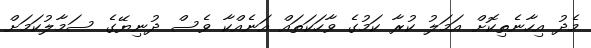
މެދު އިހާނެތިކޮށް އަމަލު ކުރާ ކަމުގެ ވާހަކަތައް އަނެއްކާ ވެސް ދުނިޔޭގެ ސަމާލުކަމަށް